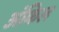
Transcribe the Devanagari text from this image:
अंकिल